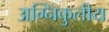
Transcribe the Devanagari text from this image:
अग्निकुलीय